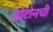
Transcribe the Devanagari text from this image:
प्रोटोनची